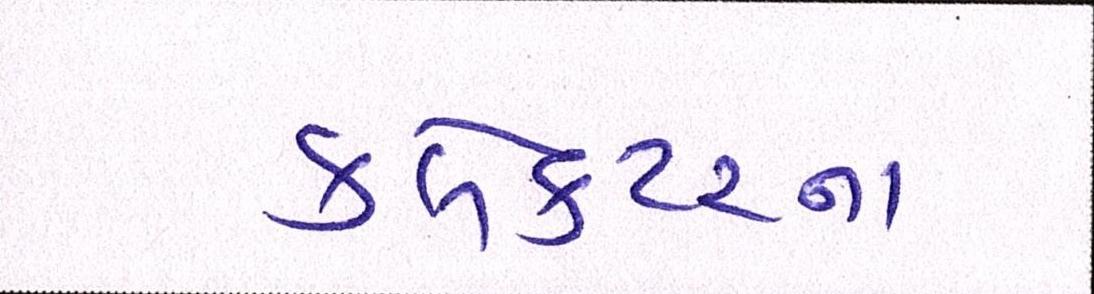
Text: કલેકટરનાં